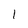
Character: 1